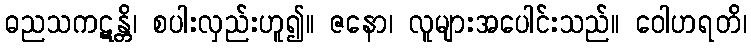
ဓညသကဋန္တိ၊ စပါးလှည်းဟူ၍။ ဇနော၊ လူများအပေါင်းသည်။ ဝေါဟရတိ၊